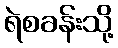
ရဲစခန်းသို့